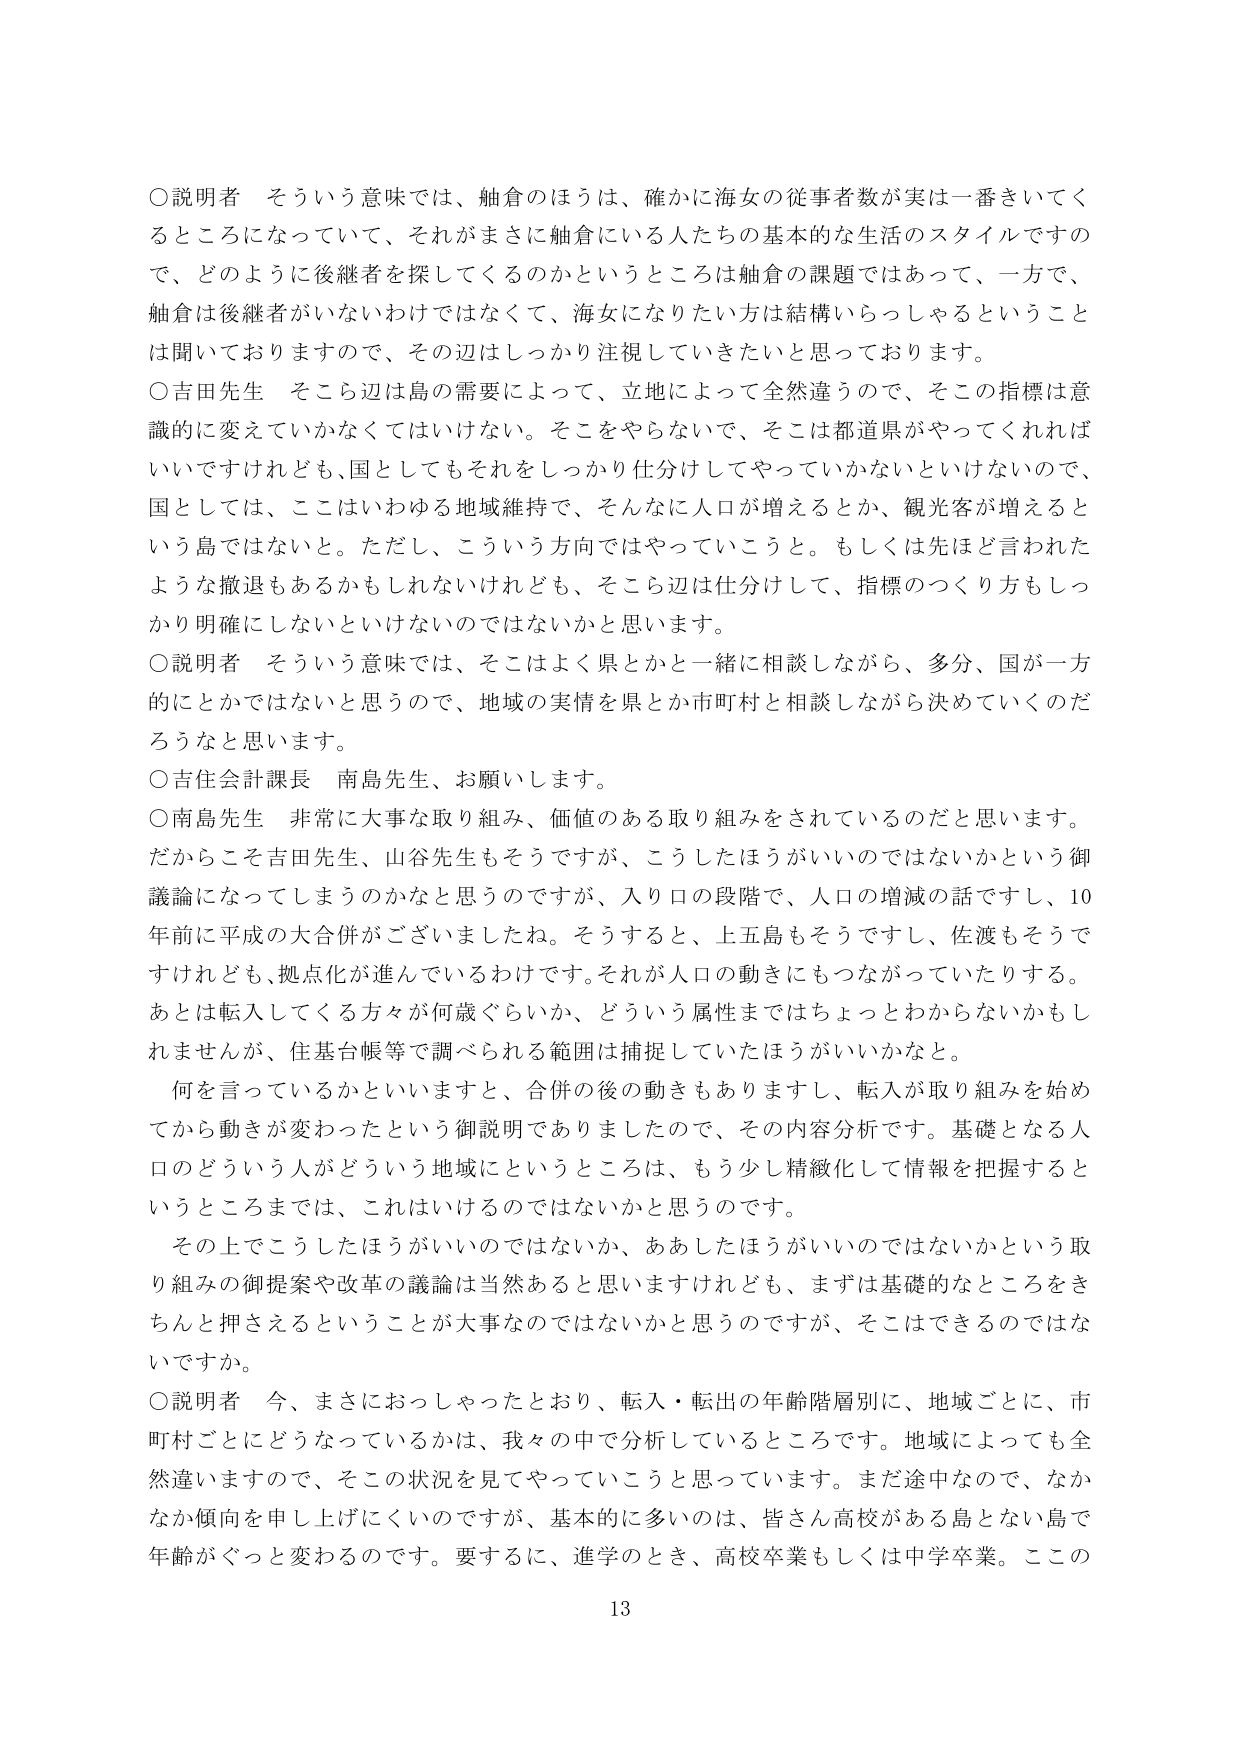
○説明者　そういう意味では、舳倉のほうは、確かに海女の従事者数が実は一番きいてくるところになっていて、それがまさに舳倉にいる人たちの基本的な生活のスタイルですので、どのように後継者を探してくるのかというところは舳倉の課題ではあって、一方で、舳倉は後継者がいないわけではなくて、海女になりたい方は結構いらっしゃるということは聞いておりますので、その辺はしっかり注視していきたいと思っております。

○吉田先生　そこら辺は島の需要によって、立地によって全然違うので、そここの指標は意識的に変えていかなくてはいけない。そこをやらないで、そこは都道県がやってくれればいいですけれども、国としてもそれをしっかり仕分けしてやっていかないといけないので、国としては、ここはいわゆる地域維持で、そんなに人口が増えるとか、観光客が増えるという島ではないと。ただし、こういう方向ではやっていこうと。もしくは先ほど言われたような撤退もあるかもしれないけれども、そこら辺は仕分けして、指標のつくり方もしっかり明確にしないといけないのではないかと思います。

○説明者　そういう意味では、そこはよく県とか一緒に相談しながら、多分、国が一方的にとかではないと思うので、地域の実情を県とか市町村と相談しながら決めていくのだろうなと思います。

○吉住会計課長　南島先生、お願いします。

○南島先生　非常に大事な取り組み、価値のある取り組みをされているのだと思います。だからこそ吉田先生、山谷先生もそうですが、こうしたほうがいいのではないかという御議論になってしまうのかなと思うのですが、入り口の段階で、人口の増減の話ですし、10年前に平成の大合併がございましたね。そうすると、上五島もそうですし、佐渡もそうですけれども、拠点化が進んでいるわけです。それが人口の動きにもつながっていたりする。あとは転入してくる方々が何歳ぐらいか、どういう属性まではちょっとわからないかもしれませんが、住基台帳等で調べられる範囲は捕捉していたほうがいいかなと。

何を言っているかといいますと、合併の後の動きもありますし、転入が取り組みを始めてから動きが変わったという御説明でありましたので、その内容分析です。基礎となる人口のどういう人がどういう地域にというところは、もう少し精緻化して情報を把握するというところまでは、これはいけるのではないかと思うのです。

その上でこうしたほうがいいのではないか、ああしたほうがいいのではないかという取り組みの御提案や改革の議論は当然あると思いますけれども、まずは基礎的なところをきちんと押さえるということが大事なのではないかと思うのですが、そこはできるのではないですか。

○説明者　今、まさにおっしゃったとおり、転入・転出の年齢階層別に、地域ごとに、市町村ごとにどうなっているかは、我々の中で分析しているところです。地域によっても全然違いますので、そこの状況を見てやっていこうと思っています。まだ途中なので、なかなか傾向を申し上げにくいのですが、基本的に多いのは、皆さん高校がある島とない島で年齢がぐっと変わるのです。要するに、進学のとき、高校卒業もしくは中学卒業。ここの

13